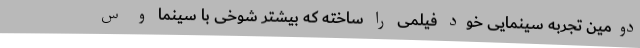
دومین تجربه سینمایی خود فیلمی را ساخته که بیشتر شوخی با سینما و س